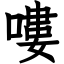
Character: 嘍